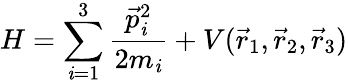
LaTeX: H=\sum_{\mathit{i}=1}^{3}\frac{{\vec{{p}}_{\mathit{i}}^{2}}}{{2m_{\mathit{i}}}}+V(\vec{{r}}_{1},\vec{{r}}_{2},\vec{{r}}_{3})